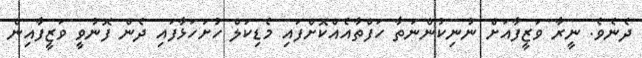
ދެނެވެ. ނީރާ ވަޒީފާއަށް ނުނިކުންނަތާ ހަފްތާއެއްކޮށްފައި މެޑިކަލް ހުށަހަޅާފައި ދެން ފޮނުވީ ވަޒީފާއިން